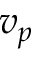
v _ { p }